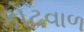
કોટવાળ